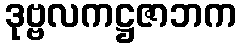
ဒုဗ္ဗလကဋ္ဌဇာဘက